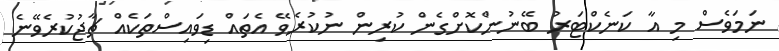
ނަމަވެސް މި އާ ކަނެކްޓަރު ބޭނުންކޮށްގެން ކުރިން ނުކުރެވޭ އެތައް ޑިވައިސްތަކެއް ޗާޖުކުރެވޭނެ